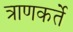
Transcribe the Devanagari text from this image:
त्राणकर्ते